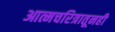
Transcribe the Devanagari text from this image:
आत्मचरित्रातूनही